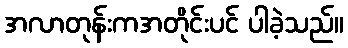
အလာတုန်းကအတိုင်းပင် ပါခဲ့သည်။